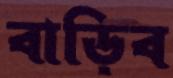
বাড়িব